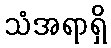
သံအရာရှိ